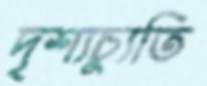
দৃশ্যচ্যুতি